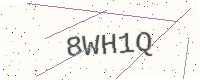
Text: 8WH1Q